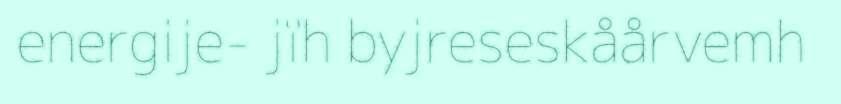
energije- jïh byjreseskåårvemh